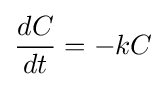
{\frac {dC}{dt}}=-kC